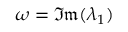
\omega = \mathfrak { I m } ( \lambda _ { 1 } )